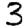
Digit: 3